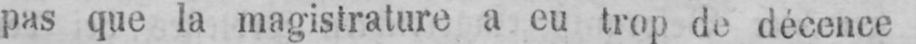
pas que la magistrature a eu trop de décence